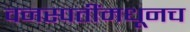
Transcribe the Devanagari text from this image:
वनस्पतींमधूनच